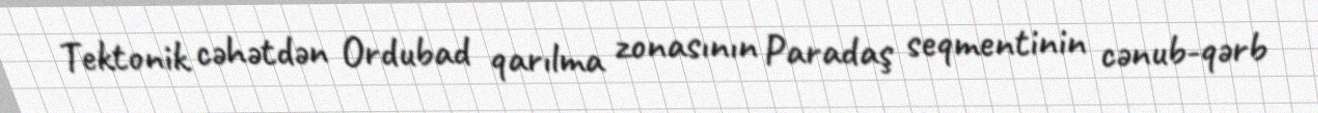
Tektonik cəhətdən Ordubad qarılma zonasının Paradaş seqmentinin cənub-qərb